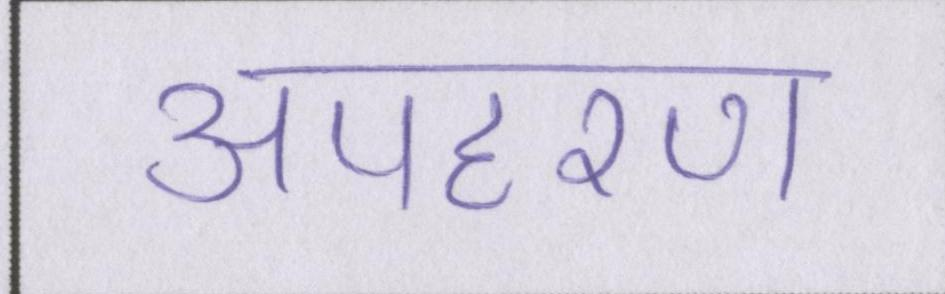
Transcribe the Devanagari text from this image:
अपहरण